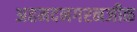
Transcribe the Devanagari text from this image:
अहमदनगरनजीक